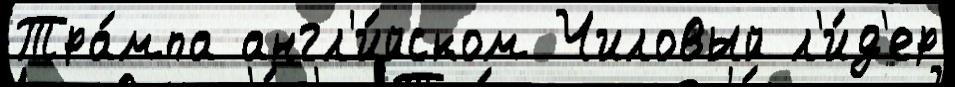
Тра́мпа англ'и́йском Чиловый л'и́д'ер